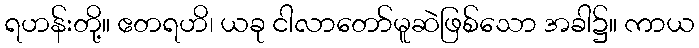
ရဟန်းတို့။ ဧတရဟိ၊ ယခု ငါလာတော်မူဆဲဖြစ်သော အခါ၌။ ကာယ